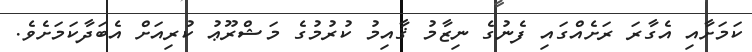
ކަމަށާއި އެގާރަ ރަށެއްގައި ފެނުގެ ނިޒާމު ޤާއިމު ކުރުމުގެ މަޝްރޫޢު ކުރިއަށް އެބަދާކަމަށެވެ.